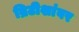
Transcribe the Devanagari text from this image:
ब्रिटीशांवर